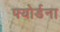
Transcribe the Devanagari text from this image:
फ्योर्डना